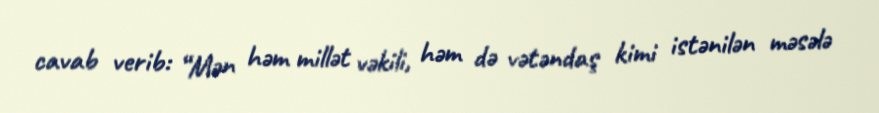
cavab verib: “Mən həm millət vəkili, həm də vətəndaş kimi istənilən məsələ